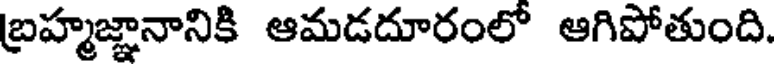
బ్రహ్మజ్ఞానానికి ఆమడదూరంలో ఆగిపోతుంది.